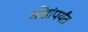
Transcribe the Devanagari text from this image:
सोंडांपर्यंत